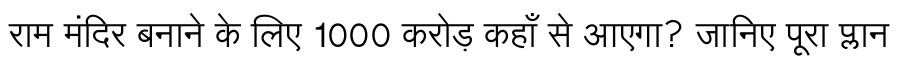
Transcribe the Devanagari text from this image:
राम मंदिर बनाने के लिए 1000 करोड़ कहाँ से आएगा? जानिए पूरा प्लान